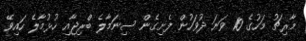
މާރިޗު މަހުގެ 10 ވަނަ ދުވަހުން ފެށިގެން ސިނަމާލެ ބްރިޖާއި ހުޅުމާލެ ހައިވޭ